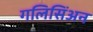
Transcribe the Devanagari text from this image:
गलिसिंअन